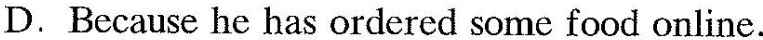
D.Because he has ordered some food online.